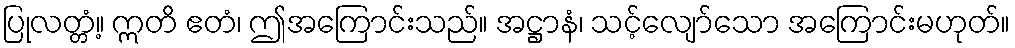
ပြုလတ္တံ့။ ဣတိ ဧတံ၊ ဤအကြောင်းသည်။ အဋ္ဌာနံ၊ သင့်လျော်သော အကြောင်းမဟုတ်။